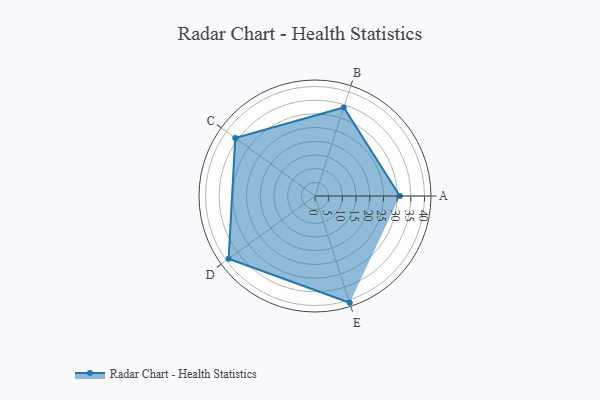
{"axis": {"x": "Skill", "y": "Score"}, "legend": ["Profile"], "data": [{"x": "A", "y": 31.0, "type": "Profile"}, {"x": "B", "y": 34.0, "type": "Profile"}, {"x": "C", "y": 36.0, "type": "Profile"}, {"x": "D", "y": 39.0, "type": "Profile"}, {"x": "E", "y": 41.0, "type": "Profile"}]}